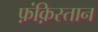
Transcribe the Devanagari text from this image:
फ़ंक़िस्तान